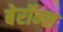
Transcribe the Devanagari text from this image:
बेरॉन्स